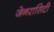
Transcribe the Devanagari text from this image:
जेनरासिटी